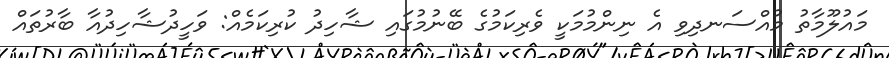
މައުލޫމާތު މުއްސަނދިވި އެ ނިންމުމަކީ ވެރިކަމުގެ ބޭނުމުގައި ޝާހިދު ކުރިކަމެއް: ވަހީދުޝާހިދުއާ ބާރުތައް